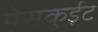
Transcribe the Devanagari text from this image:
मेसकुईट